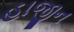
હાજીન